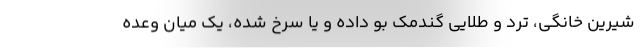
شیرین خانگی، ترد و طلایی گندمک بو داده و یا سرخ شده، یک میان وعده